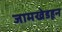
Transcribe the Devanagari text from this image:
जामखेडहून